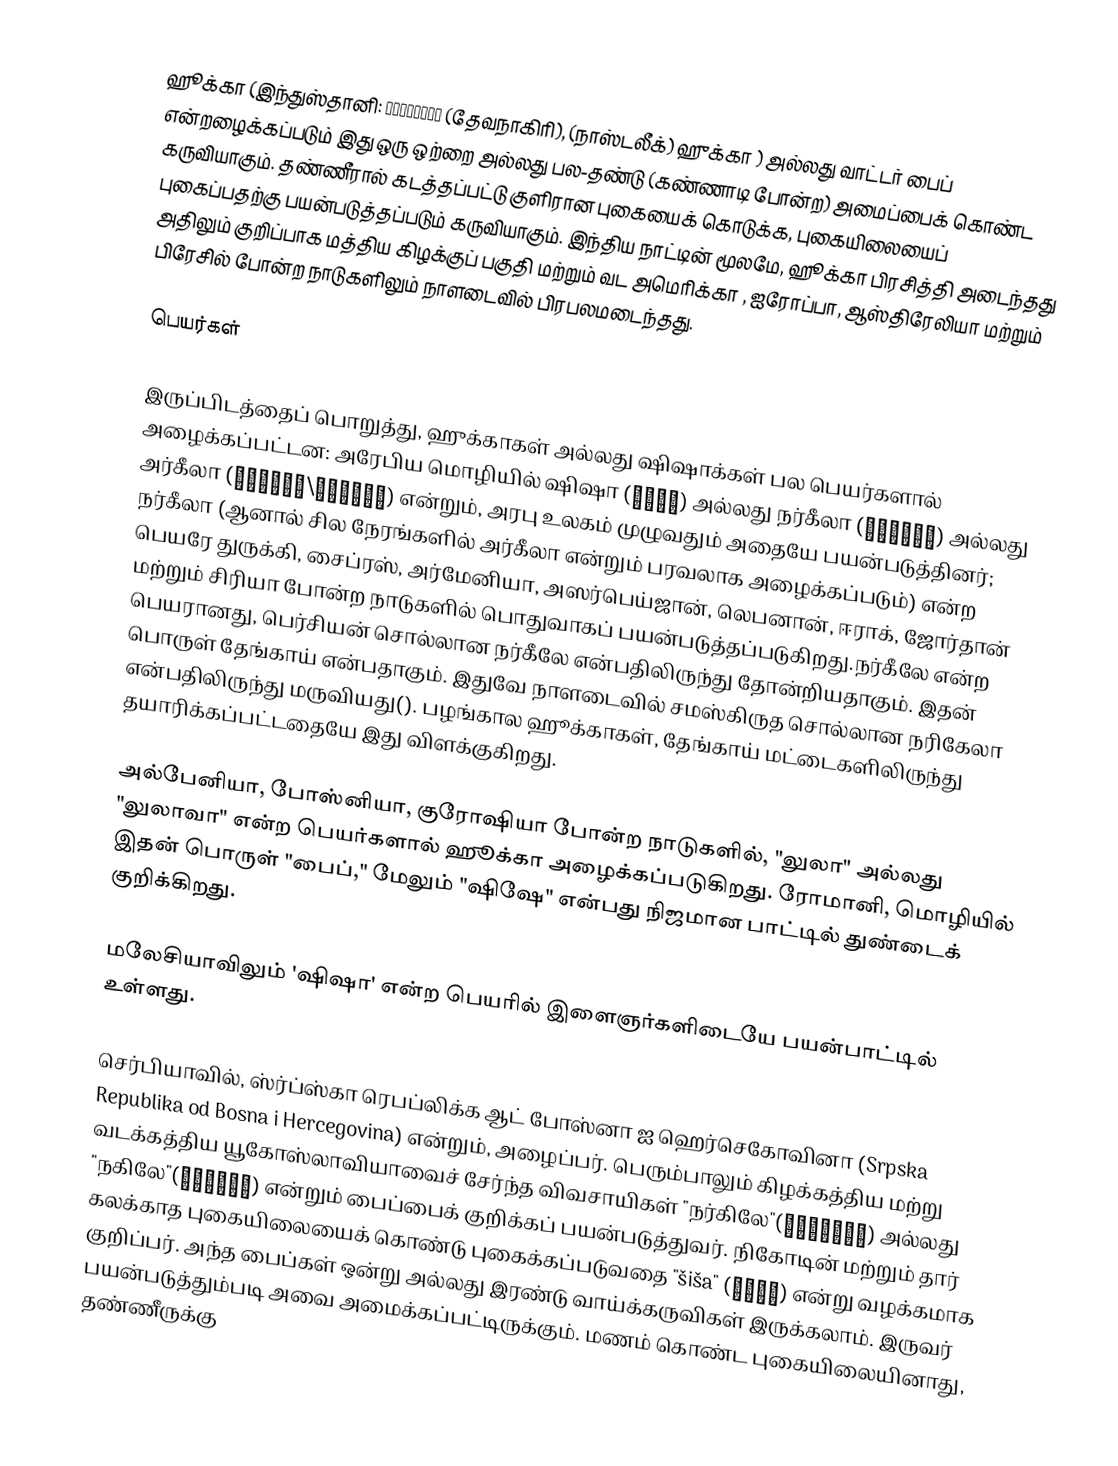
ஹூக்கா (இந்துஸ்தானி: हुक़्क़ा (தேவநாகிரி),  (நாஸ்டலீக்) ஹுக்கா ) அல்லது வாட்டர் பைப்  என்றழைக்கப்படும் இது ஒரு ஒற்றை அல்லது பல-தண்டு (கண்ணாடி போன்ற) அமைப்பைக் கொண்ட கருவியாகும். தண்ணீரால் கடத்தப்பட்டு குளிரான புகையைக் கொடுக்க, புகையிலையைப் புகைப்பதற்கு பயன்படுத்தப்படும் கருவியாகும். இந்திய நாட்டின் மூலமே, ஹூக்கா பிரசித்தி அடைந்தது அதிலும் குறிப்பாக மத்திய கிழக்குப் பகுதி மற்றும் வட அமெரிக்கா , ஐரோப்பா, ஆஸ்திரேலியா மற்றும் பிரேசில் போன்ற நாடுகளிலும் நாளடைவில் பிரபலமடைந்தது.

பெயர்கள்

இருப்பிடத்தைப் பொறுத்து, ஹுக்காகள் அல்லது ஷிஷாக்கள் பல பெயர்களால் அழைக்கப்பட்டன: அரேபிய மொழியில் ஷிஷா (شيشة) அல்லது நர்கீலா (نرجيلة) அல்லது அர்கீலா (أرغيلة\أرجيلة) என்றும், அரபு உலகம் முழுவதும் அதையே பயன்படுத்தினர்; நர்கீலா (ஆனால் சில நேரங்களில் அர்கீலா என்றும் பரவலாக அழைக்கப்படும்) என்ற பெயரே துருக்கி, சைப்ரஸ், அர்மேனியா, அஸர்பெய்ஜான், லெபனான், ஈராக், ஜோர்தான் மற்றும் சிரியா போன்ற நாடுகளில் பொதுவாகப் பயன்படுத்தப்படுகிறது.நர்கீலே என்ற பெயரானது, பெர்சியன் சொல்லான நர்கீலே என்பதிலிருந்து தோன்றியதாகும். இதன் பொருள் தேங்காய் என்பதாகும். இதுவே நாளடைவில் சமஸ்கிருத சொல்லான நரிகேலா என்பதிலிருந்து மருவியது(). பழங்கால ஹூக்காகள், தேங்காய் மட்டைகளிலிருந்து தயாரிக்கப்பட்டதையே இது விளக்குகிறது.

அல்பேனியா, போஸ்னியா, குரோஷியா போன்ற நாடுகளில், "லுலா" அல்லது "லுலாவா" என்ற பெயர்களால் ஹூக்கா அழைக்கப்படுகிறது. ரோமானி, மொழியில் இதன் பொருள் "பைப்," மேலும் "ஷிஷே" என்பது நிஜமான பாட்டில் துண்டைக் குறிக்கிறது.

மலேசியாவிலும் 'ஷிஷா' என்ற பெயரில் இளைஞர்களிடையே பயன்பாட்டில் உள்ளது.

செர்பியாவில், ஸ்ர்ப்ஸ்கா ரெபப்லிக்க ஆட் போஸ்னா ஐ ஹெர்செகோவினா (Srpska Republika od Bosna i Hercegovina) என்றும், அழைப்பர். பெரும்பாலும் கிழக்கத்திய மற்று வடக்கத்திய யூகோஸ்லாவியாவைச் சேர்ந்த விவசாயிகள் "நர்கிலே"(Наргиле) அல்லது "நகிலே"(Нагиле) என்றும் பைப்பைக் குறிக்கப் பயன்படுத்துவர். நிகோடின் மற்றும் தார் கலக்காத புகையிலையைக் கொண்டு புகைக்கப்படுவதை "šiša" (шиша) என்று வழக்கமாக குறிப்பர். அந்த பைப்கள் ஒன்று அல்லது இரண்டு வாய்க்கருவிகள் இருக்கலாம். இருவர் பயன்படுத்தும்படி அவை அமைக்கப்பட்டிருக்கும். மணம் கொண்ட புகையிலையினாது, தண்ணீருக்கு